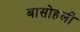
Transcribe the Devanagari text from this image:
बासोहली